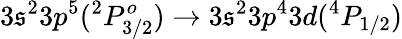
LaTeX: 3\mathfrak{s}^{2}3p^{5}(^{2}P_{3/2}^{o})\rightarrow3\mathfrak{s}^{2}3p^{4}3d(^{4}P_{1/2})